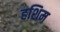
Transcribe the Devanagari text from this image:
हशिम